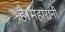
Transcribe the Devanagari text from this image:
है।महारानी